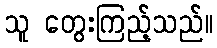
သူ တွေးကြည့်သည်။